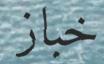
خباز